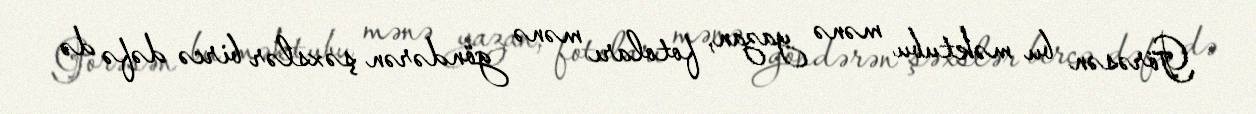
Görəsən bu məktubu mənə yazan, fotoları mənə göndərən şəxslər bircə dəfə də